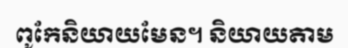
ពូកែនិយាយមែន។ និយាយតាម